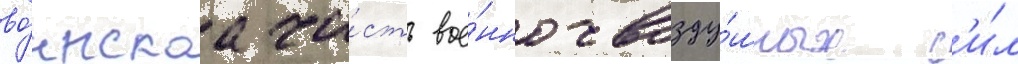
во́инскаа ча́сть вое́нно-возду́шных с'и́л